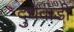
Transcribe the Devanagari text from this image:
दुधेवाडी